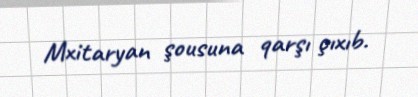
Mxitaryan şousuna qarşı çıxıb.